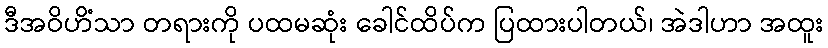
ဒီအဝိဟိံသာ တရားကို ပထမဆုံး ခေါင်ထိပ်က ပြထားပါတယ်၊ အဲဒါဟာ အထူး